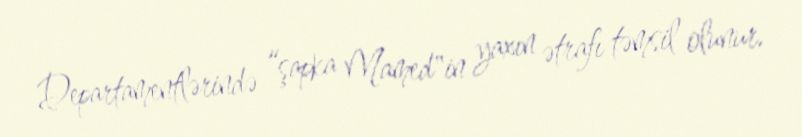
Departamentlərində “şapka Mamed"in yaxın ətrafı təmsil olunur.